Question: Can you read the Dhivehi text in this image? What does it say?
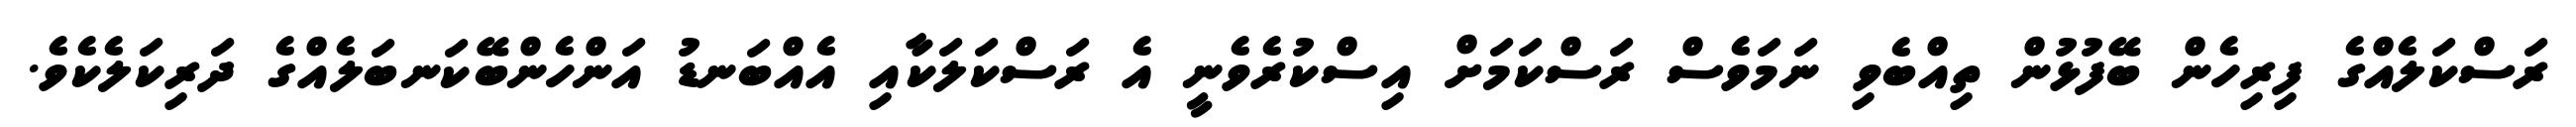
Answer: ރަސްކަލެއްގެ ފިރިހެން ބޭފުޅުން ތިއްބެވި ނަމަވެސް ރަސްކަމަށް އިސްކުރެވެނީ އެ ރަސްކަލަކާއި އެއްބަނޑު އަންހެންބޭކަނބަލެއްގެ ދަރިކަލެކެވެ.